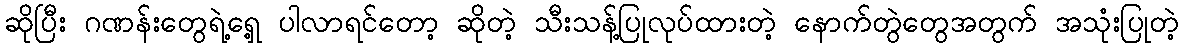
ဆိုပြီး ဂဏန်းတွေရဲ့ရှေ့ ပါလာရင်တော့ ဆိုတဲ့ သီးသန့်ပြုလုပ်ထားတဲ့ နောက်တွဲတွေအတွက် အသုံးပြုတဲ့